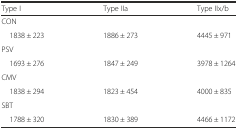
| Type I | Type IIa | Type IIx/b |
 | --- | --- | --- |
 | <COLSPAN=3> CON |
 | 1838 ± 223 | 1886 ± 273 | 4445 ± 971 |
 | <COLSPAN=3> PSV |
 | 1693 ± 276 | 1847 ± 249 | 3978 ± 1264 |
 | <COLSPAN=3> CMV |
 | 1838 ± 294 | 1823 ± 454 | 4000 ± 835 |
 | <COLSPAN=3> SBT |
 | 1788 ± 320 | 1830 ± 389 | 4466 ± 1172 |